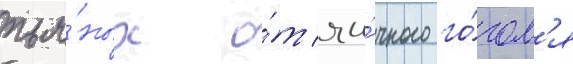
пья́ных о́т яи́чного го́гол'я